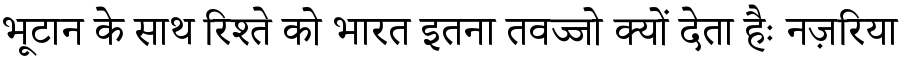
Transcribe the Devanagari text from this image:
भूटान के साथ रिश्ते को भारत इतना तवज्जो क्यों देता हैः नज़रिया